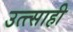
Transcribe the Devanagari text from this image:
उत्त्साही